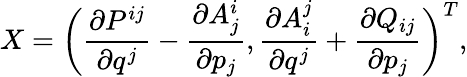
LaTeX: X=\bigg(\frac{\partial P^{ij}}{\partial q^{j}}-\frac{\partial A_{j}^{i}}{\partial p_{j}},\frac{\partial A_{i}^{j}}{\partial q^{j}}+\frac{\partial Q_{ij}}{\partial p_{j}}\bigg)^{T},